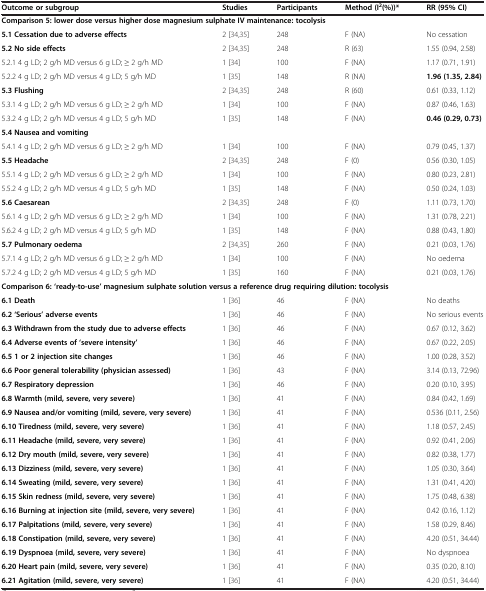
<table><thead><tr><td><b>Outcome or subgroup</b></td><td><b>Studies</b></td><td><b>Participants</b></td><td><b>Method (I<sup>2</sup>(%))*</b></td><td><b>RR (95% CI)</b></td></tr></thead><tbody><tr><td colspan="5"><b>Comparison 5: lower dose versus higher dose magnesium sulphate IV maintenance: tocolysis</b></td></tr><tr><td><b>5.1 Cessation due to adverse effects</b></td><td>2 [34,35]</td><td>248</td><td>F (NA)</td><td>No cessation</td></tr><tr><td><b>5.2 No side effects</b></td><td>2 [34,35]</td><td>248</td><td>R (63)</td><td>1.55 (0.94, 2.58)</td></tr><tr><td>5.2.1 4 g LD; 2 g/h MD versus 6 g LD; ≥ 2 g/h MD</td><td>1 [34]</td><td>100</td><td>F (NA)</td><td>1.17 (0.71, 1.91)</td></tr><tr><td>5.2.2 4 g LD; 2 g/h MD versus 4 g LD; 5 g/h MD</td><td>1 [35]</td><td>148</td><td>R (NA)</td><td><b>1.96 (1.35, 2.84)</b></td></tr><tr><td><b>5.3 Flushing</b></td><td>2 [34,35]</td><td>248</td><td>R (60)</td><td>0.61 (0.33, 1.12)</td></tr><tr><td>5.3.1 4 g LD; 2 g/h MD versus 6 g LD; ≥ 2 g/h MD</td><td>1 [34]</td><td>100</td><td>F (NA)</td><td>0.87 (0.46, 1.63)</td></tr><tr><td>5.3.2 4 g LD; 2 g/h MD versus 4 g LD; 5 g/h MD</td><td>1 [35]</td><td>148</td><td>F (NA)</td><td><b>0.46 (0.29, 0.73)</b></td></tr><tr><td><b>5.4 Nausea and vomiting</b></td><td> </td><td> </td><td> </td><td> </td></tr><tr><td>5.4.1 4 g LD; 2 g/h MD versus 6 g LD; ≥ 2 g/h MD</td><td>1 [34]</td><td>100</td><td>F (NA)</td><td>0.79 (0.45, 1.37)</td></tr><tr><td><b>5.5 Headache</b></td><td>2 [34,35]</td><td>248</td><td>F (0)</td><td>0.56 (0.30, 1.05)</td></tr><tr><td>5.5.1 4 g LD; 2 g/h MD versus 6 g LD; ≥ 2 g/h MD</td><td>1 [34]</td><td>100</td><td>F (NA)</td><td>0.80 (0.23, 2.81)</td></tr><tr><td>5.5.2 4 g LD; 2 g/h MD versus 4 g LD; 5 g/h MD</td><td>1 [35]</td><td>148</td><td>F (NA)</td><td>0.50 (0.24, 1.03)</td></tr><tr><td><b>5.6 Caesarean</b></td><td>2 [34,35]</td><td>248</td><td>F (0)</td><td>1.11 (0.73, 1.70)</td></tr><tr><td>5.6.1 4 g LD; 2 g/h MD versus 6 g LD; ≥ 2 g/h MD</td><td>1 [34]</td><td>100</td><td>F (NA)</td><td>1.31 (0.78, 2.21)</td></tr><tr><td>5.6.2 4 g LD; 2 g/h MD versus 4 g LD; 5 g/h MD</td><td>1 [35]</td><td>148</td><td>F (NA)</td><td>0.88 (0.43, 1.80)</td></tr><tr><td><b>5.7 Pulmonary oedema</b></td><td>2 [34,35]</td><td>260</td><td>F (NA)</td><td>0.21 (0.03, 1.76)</td></tr><tr><td>5.7.1 4 g LD; 2 g/h MD versus 6 g LD; ≥ 2 g/h MD</td><td>1 [34]</td><td>100</td><td>F (NA)</td><td>No oedema</td></tr><tr><td>5.7.2 4 g LD; 2 g/h MD versus 4 g LD; 5 g/h MD</td><td>1 [35]</td><td>160</td><td>F (NA)</td><td>0.21 (0.03, 1.76)</td></tr><tr><td colspan="5"><b>Comparison 6: &#x27;ready-to-use’ magnesium sulphate solution versus a reference drug requiring dilution: tocolysis</b></td></tr><tr><td><b>6.1 Death</b></td><td>1 [36]</td><td>46</td><td>F (NA)</td><td>No deaths</td></tr><tr><td><b>6.2 &#x27;Serious’ adverse events</b></td><td>1 [36]</td><td>46</td><td>F (NA)</td><td>No serious events</td></tr><tr><td><b>6.3 Withdrawn from the study due to adverse effects</b></td><td>1 [36]</td><td>46</td><td>F (NA)</td><td>0.67 (0.12, 3.62)</td></tr><tr><td><b>6.4 Adverse events of &#x27;severe intensity’</b></td><td>1 [36]</td><td>46</td><td>F (NA)</td><td>0.67 (0.22, 2.05)</td></tr><tr><td><b>6.5 1 or 2 injection site changes</b></td><td>1 [36]</td><td>46</td><td>F (NA)</td><td>1.00 (0.28, 3.52)</td></tr><tr><td><b>6.6 Poor general tolerability (physician assessed)</b></td><td>1 [36]</td><td>43</td><td>F (NA)</td><td>3.14 (0.13, 72.96)</td></tr><tr><td><b>6.7 Respiratory depression</b></td><td>1 [36]</td><td>46</td><td>F (NA)</td><td>0.20 (0.10, 3.95)</td></tr><tr><td><b>6.8 Warmth (mild, severe, very severe)</b></td><td>1 [36]</td><td>41</td><td>F (NA)</td><td>0.84 (0.42, 1.69)</td></tr><tr><td><b>6.9 Nausea and/or vomiting (mild, severe, very severe)</b></td><td>1 [36]</td><td>41</td><td>F (NA)</td><td>0.536 (0.11, 2.56)</td></tr><tr><td><b>6.10 Tiredness (mild, severe, very severe)</b></td><td>1 [36]</td><td>41</td><td>F (NA)</td><td>1.18 (0.57, 2.45)</td></tr><tr><td><b>6.11 Headache (mild, severe, very severe)</b></td><td>1 [36]</td><td>41</td><td>F (NA)</td><td>0.92 (0.41, 2.06)</td></tr><tr><td><b>6.12 Dry mouth (mild, severe, very severe)</b></td><td>1 [36]</td><td>41</td><td>F (NA)</td><td>0.82 (0.38, 1.77)</td></tr><tr><td><b>6.13 Dizziness (mild, severe, very severe)</b></td><td>1 [36]</td><td>41</td><td>F (NA)</td><td>1.05 (0.30, 3.64)</td></tr><tr><td><b>6.14 Sweating (mild, severe, very severe)</b></td><td>1 [36]</td><td>41</td><td>F (NA)</td><td>1.31 (0.41, 4.20)</td></tr><tr><td><b>6.15 Skin redness (mild, severe, very severe)</b></td><td>1 [36]</td><td>41</td><td>F (NA)</td><td>1.75 (0.48, 6.38)</td></tr><tr><td><b>6.16 Burning at injection site (mild, severe, very severe)</b></td><td>1 [36]</td><td>41</td><td>F (NA)</td><td>0.42 (0.16, 1.12)</td></tr><tr><td><b>6.17 Palpitations (mild, severe, very severe)</b></td><td>1 [36]</td><td>41</td><td>F (NA)</td><td>1.58 (0.29, 8.46)</td></tr><tr><td><b>6.18 Constipation (mild, severe, very severe)</b></td><td>1 [36]</td><td>41</td><td>F (NA)</td><td>4.20 (0.51, 34.44)</td></tr><tr><td><b>6.19 Dyspnoea (mild, severe, very severe)</b></td><td>1 [36]</td><td>41</td><td>F (NA)</td><td>No dyspnoea</td></tr><tr><td><b>6.20 Heart pain (mild, severe, very severe)</b></td><td>1 [36]</td><td>41</td><td>F (NA)</td><td>0.35 (0.20, 8.10)</td></tr><tr><td><b>6.21 Agitation (mild, severe, very severe)</b></td><td>1 [36]</td><td>41</td><td>F (NA)</td><td>4.20 (0.51, 34.44)</td></tr></tbody></table>